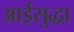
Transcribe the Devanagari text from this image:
आईसुद्धा